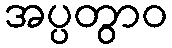
အပ္ပတွာဝ